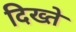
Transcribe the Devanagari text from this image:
दिख्ते